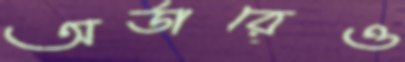
অর্ডারেও